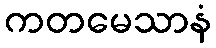
ကတမေသာနံ